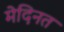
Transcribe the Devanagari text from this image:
मेदिनत